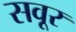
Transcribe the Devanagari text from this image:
सवूर